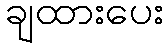
ချထားပေး